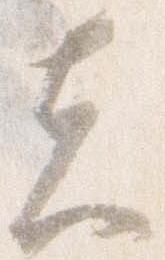
先